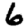
Digit: 6